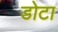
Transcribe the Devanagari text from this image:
डोटा